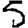
Digit: 5